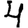
Digit: 4